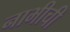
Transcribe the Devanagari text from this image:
नाभीची